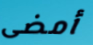
أمضى